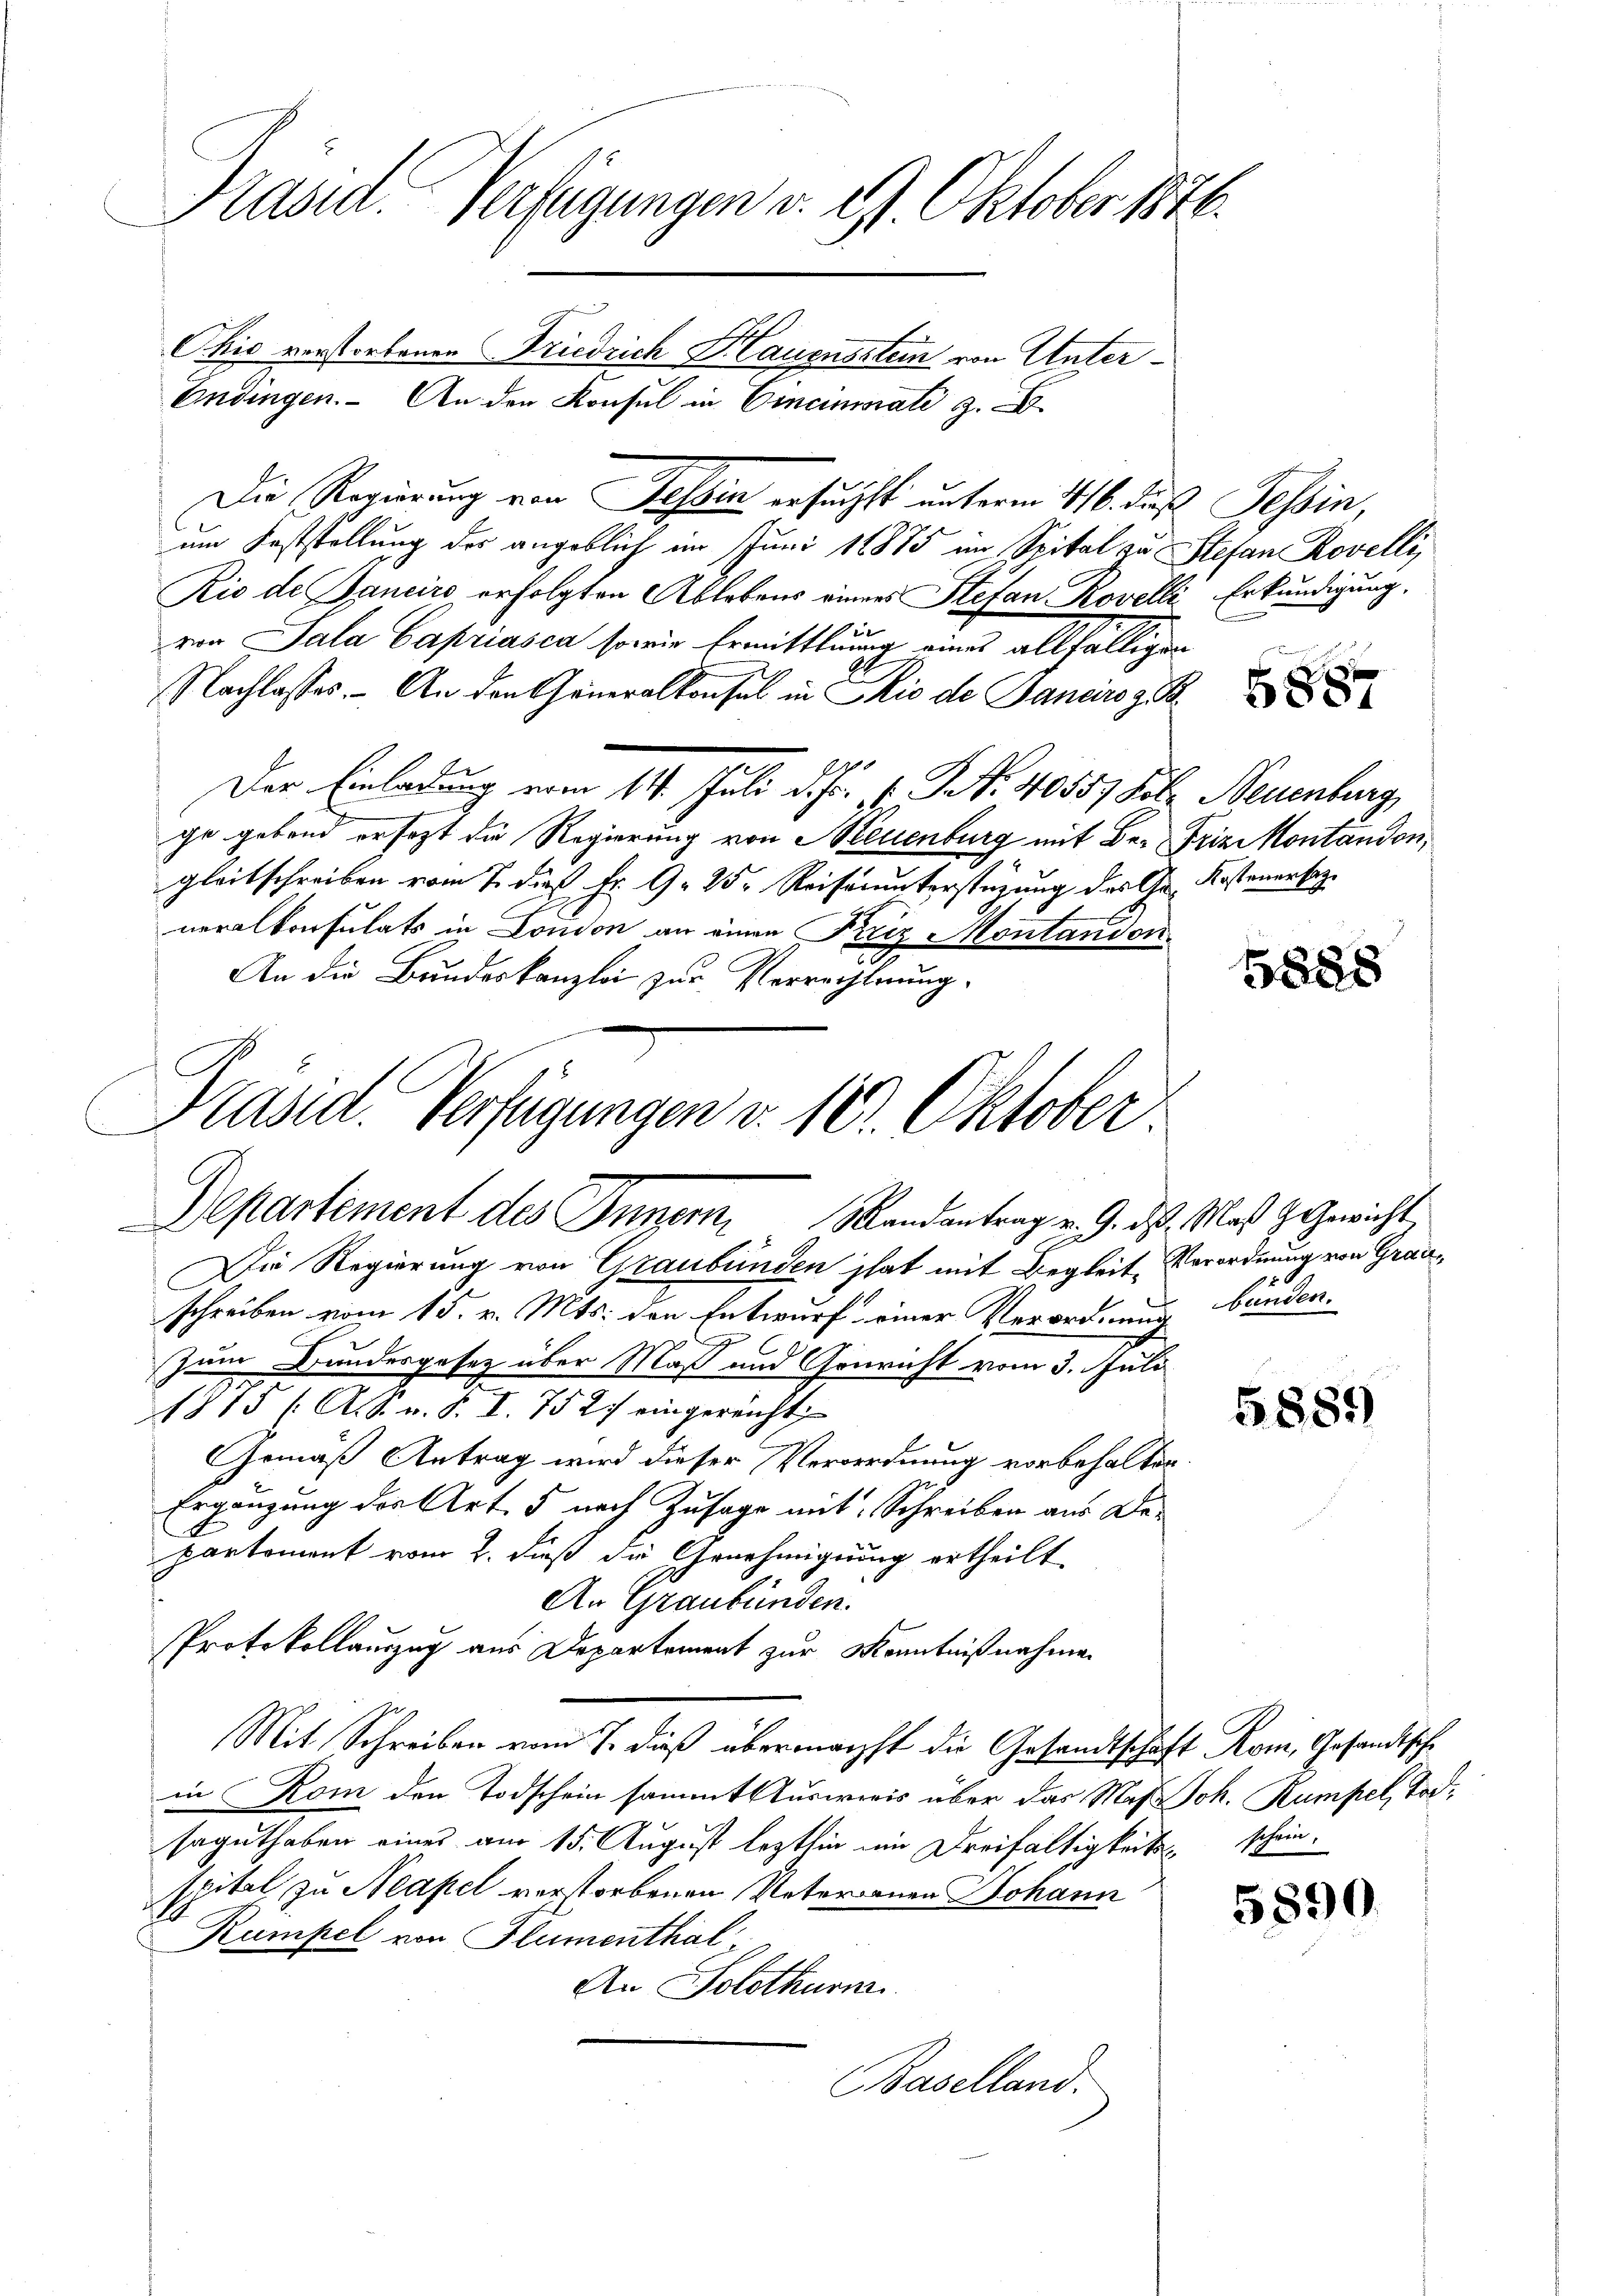
Präsid. Verfügungen v. 29. Oktober 1846.
Ohio verstorbenen Friedrich Hauensstein von Unter¬
Endingen. An den Konsul in Cinciminate z.

Die Regierung von Tessin ersucht unterm 416. das Tessin,
um Feststellung des angeblich im Juni 1875 im Spital zu Stefan Rovelli,
Rio de Sancirs erfolgten Ablebens eines Stefan Rovelli
e
von Sala Capriasca sowie Ermittlung eines allfälligen
Nachlasses. An den Generalkonsul in Rio de Janeiro z. B.
Der Einladung vom 14. Juli d. Fr. 1. No. 40557 Fol. Neuenburg,
ge gebend ersezt die Regierung von Neuenburg mit Br. Frizontandon,
gleitschreiben vom 7. dieß Fr. 9. 15. Reisenunterstüzung des Gr. Kostenerbeyneralkonsulats in London an einen Friz Montandon
An die Bundeskanzlei zur Verrechnung.

Kasid. Verfügungen v. 10. Oktober.
Departement des Innern Randantrag v. 9. ds. Maß H. Gericht

Die Regierung von Graubünden hat mit Begleit-Verordnung von Grauschreiben vom 15. v. Mts. den Entwurf einer Verord- bunden.
Zum Bundergesetz über Maß und Conricht vom 3. Juli
815 (A. S. v. S. I. 752. eingereicht,
Gemäß Antrag wird dieser Verordnung vorbehalten.
Ergänzung der Art. 5 nach Zusage mit Schreiben aus De-
partement vom 2. Fuß die Genehmigung ertheilt
An Graubünden.
Protokollauszug aus Departement zur Kenntnißnahmen
Mit Schreiben vom 7. dieß übermachst die Gesandtschaft Rom, Gesandtsche
in Kom den Todschein sammt Ausweis über das Maß Joh. Kumpel, Todsaguthaben eines am 15. August lezthin ein Dreifaltigkeits schein.
spital zu Neapel verstorbenen Vaternen Johann
Rumpel von Flumenthal
An Solothurn
Baselland.

Erkundigung.

5887

1888

5889)

5890.